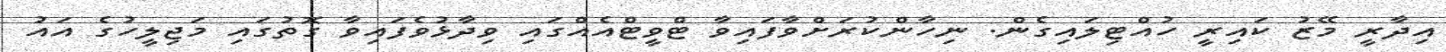
އިދާރީ މޭޒު ކައިރީ ހުއްޓިލައިގެން. ނިހާންކުރަށްވާފައިވާ ޓްވީޓްއެއްގައި ވިދާޅުވެފައިވާ ގޮތުގައި މަޖިލީހުގެ އައު